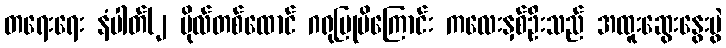
တရေးရေး နံပါတ်(၂ ဗိုလ်တစ်ထောင် ဂရုပြုမိကြောင်း ကလေးနှစ်ဦးသည် အထူးဆွေးနွေးပွဲ